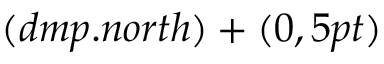
( d m p . n o r t h ) + ( 0 , 5 p t )